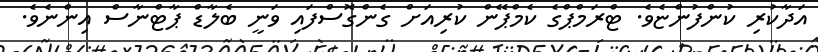
އަދާކުރި ކުންފުންޏެވެ. ޓްރަމްޕްގެ ކެމްޕޭން ކުރިއަށް ގެންގޮސްފައި ވަނީ ބެލާޑް ޕާޓްނާސް އިންނެވެ.